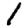
Digit: 1